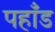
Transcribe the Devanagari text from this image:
पहाँड